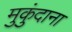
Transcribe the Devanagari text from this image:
मुकुंदाना